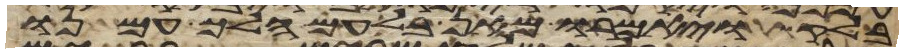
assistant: בלק ויאמרו מאן בלעם הלך עמנו